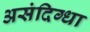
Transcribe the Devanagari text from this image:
असंदिग्धा